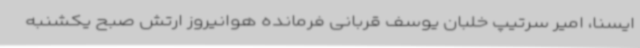
ایسنا، امیر سرتیپ خلبان یوسف قربانی فرمانده هوانیروز ارتش صبح یکشنبه